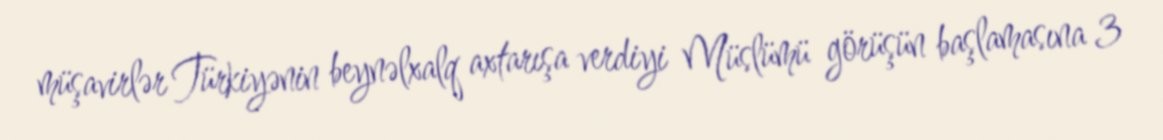
müşavirlər Türkiyənin beynəlxalq axtarışa verdiyi Müslümü görüşün başlamasına 3